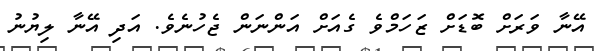
އޭނާ ވަރަށް ބޮޑަށް ޒަހަމްވެ ގެއަށް އަންނަން ޖެހުނެވެ. އަދި އޭނާ ލިޔުނު